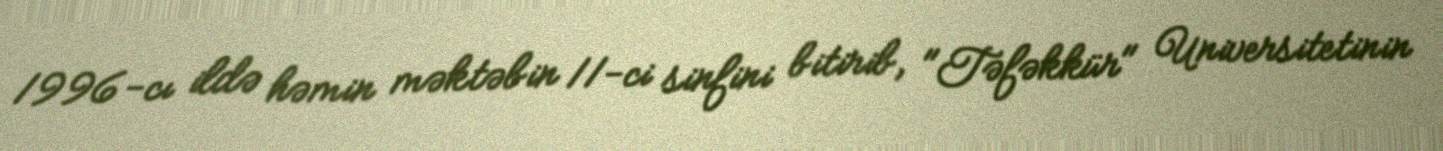
1996-cı ildə həmin məktəbin 11-ci sinfini bitirib, "Təfəkkür" Universitetinin